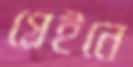
গ্রেইনে